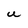
Character: U